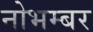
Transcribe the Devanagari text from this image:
नोभम्बर